Cholera in India, 1862 to 1881
Year: 1862
Disease focus: Cholera
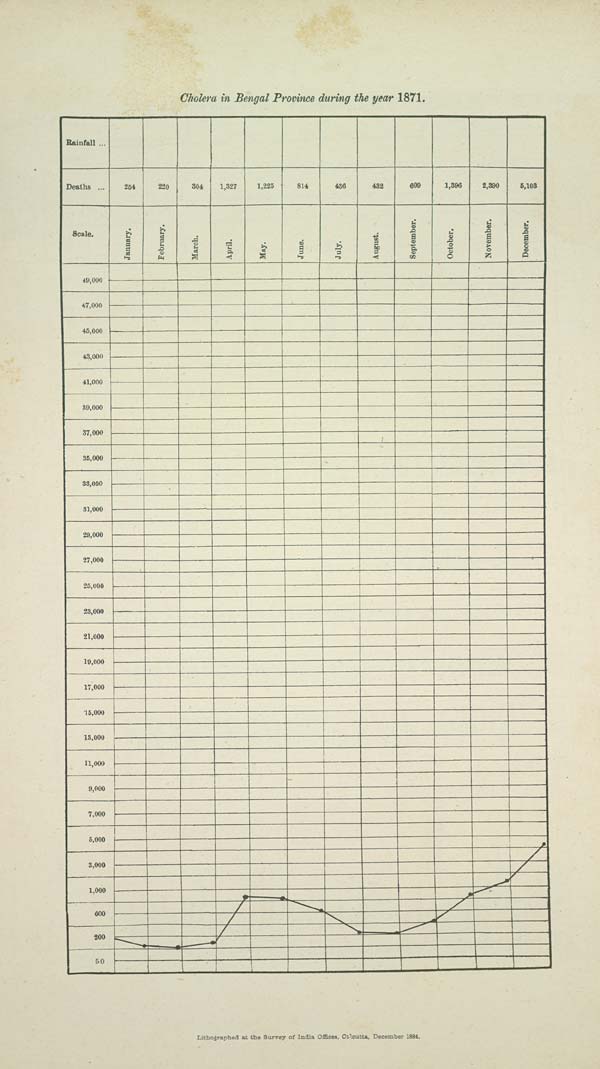
Cholera in Bengal Province during the year 1871.
Lithographed at the Survey of India Offices, Calcutta, December 1884.